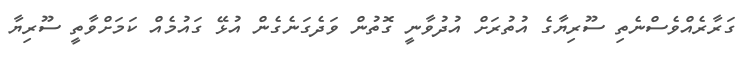
ގަރާރެއްވެސްނެތި ސޫރިޔާގެ އުތުރަށް އުދުވާނީ ގޮތުން ވަދެގަނެގެން އުޅޭ ގައުމެއް ކަމަށްވާތީ ސޫރިޔާ